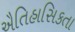
ઐતિહાસિકતા